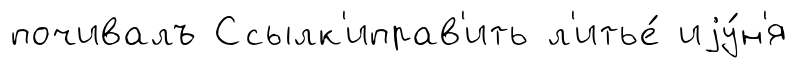
почивалъ Ссылк'иправ'ить л'итье́ иjу́н'я